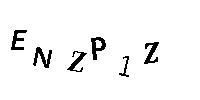
ENZP1Z